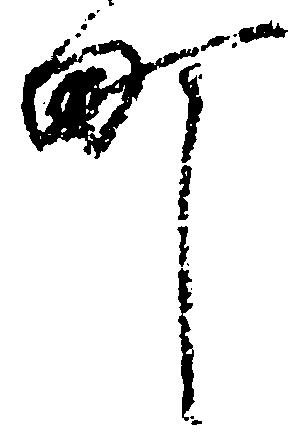
町